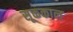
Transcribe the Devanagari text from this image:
सूक्तकाल